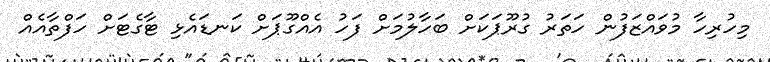
މިހުރިހާ މުވައްޒަފުން ހަތަރު ގުރޫޕަކަށް ބަހާލުމަށް ފަހު އެއްގޫޕަށް ކަނޑައެޅި ޓާގެޓަށް ހަފްތާއެއް